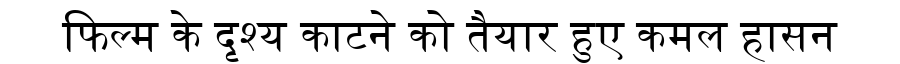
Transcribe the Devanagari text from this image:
फिल्म के दृश्य काटने को तैयार हुए कमल हासन